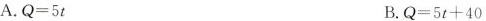
A.$$Q = 5 t$$ B.$$Q = 5 t + 4 0$$